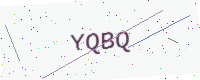
Text: YQBQ